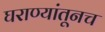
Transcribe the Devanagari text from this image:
घराण्यांतूनच